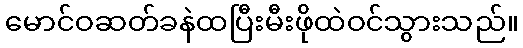
မောင်ဝဆတ်ခနဲထပြီးမီးဖိုထဲဝင်သွားသည်။